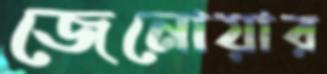
জেনোয়ার